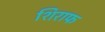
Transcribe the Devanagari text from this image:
शिराफ